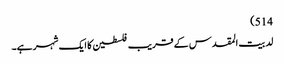
514)
لد بیت المقدس کے قریب فلسطین کا ایک شہر ہے۔